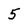
Character: 5